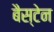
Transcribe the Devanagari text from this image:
बैस्टेन